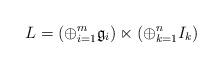
LaTeX: \begin{align*}\displaystyle L= (\oplus_{i=1}^m\mathfrak{g}_i)\ltimes (\oplus_{k=1}^n I_k)\end{align*}